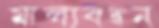
মাল্যবন্ধন